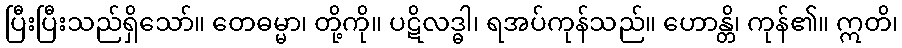
ပြီးပြီးသည်ရှိသော်။ တေဓမ္မာ၊ တို့ကို။ ပဋိလဒ္ဓါ၊ ရအပ်ကုန်သည်။ ဟောန္တိ၊ ကုန်၏။ ဣတိ၊